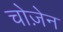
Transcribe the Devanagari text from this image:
चोज़ेन